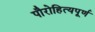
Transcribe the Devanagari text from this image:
पौरोहित्यपूर्ण